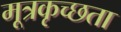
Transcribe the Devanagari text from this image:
मूत्रकृच्छता